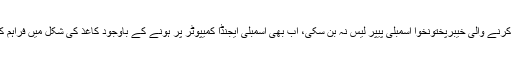
3 سال کا عرصہ گزرنے کے باوجود بھی پہلی ڈیجٹیل اسمبلی کا اعزاز حاصل کرنے والی خیبرپختونخوا اسمبلی پیپر لیس نہ بن سکی، اب بھی اسمبلی ایجنڈا کمیپوٹر پر ہونے کے باوجود کاغذ کی شکل میں فراہم کیا جاتا ہے جب کہ دیگر معاملات کے لیے بھی کاغذ کا استعمال کیا جارہا ہے۔